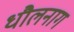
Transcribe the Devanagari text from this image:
धौलनाग